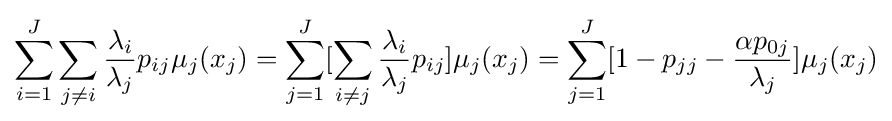
\sum _{i=1}^{J}\sum _{j\neq i}{\frac {\lambda _{i}}{\lambda _{j}}}p_{ij}\mu _{j}(x_{j})=\sum _{j=1}^{J}[\sum _{i\neq j}{\frac {\lambda _{i}}{\lambda _{j}}}p_{ij}]\mu _{j}(x_{j})=\sum _{j=1}^{J}[1-p_{jj}-{\frac {\alpha p_{0j}}{\lambda _{j}}}]\mu _{j}(x_{j})